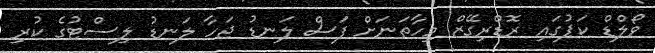
ވޯލްޑް ކަޕުގައި ރޮޑްރިގޭޒް މިހާތަނަށް ފަސް ލަނޑު ޖަހާ ލަނޑު ލިސްޓުގެ ކުރި